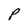
Character: P